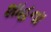
શાહના